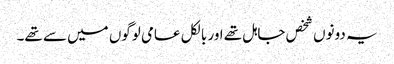
یہ دونوں شخص جاہل تھے اور بالکل عامی لوگوں میں سے تھے۔